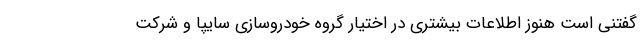
گفتنی است هنوز اطلاعات بیشتری در اختیار گروه خودروسازی سایپا و شرکت